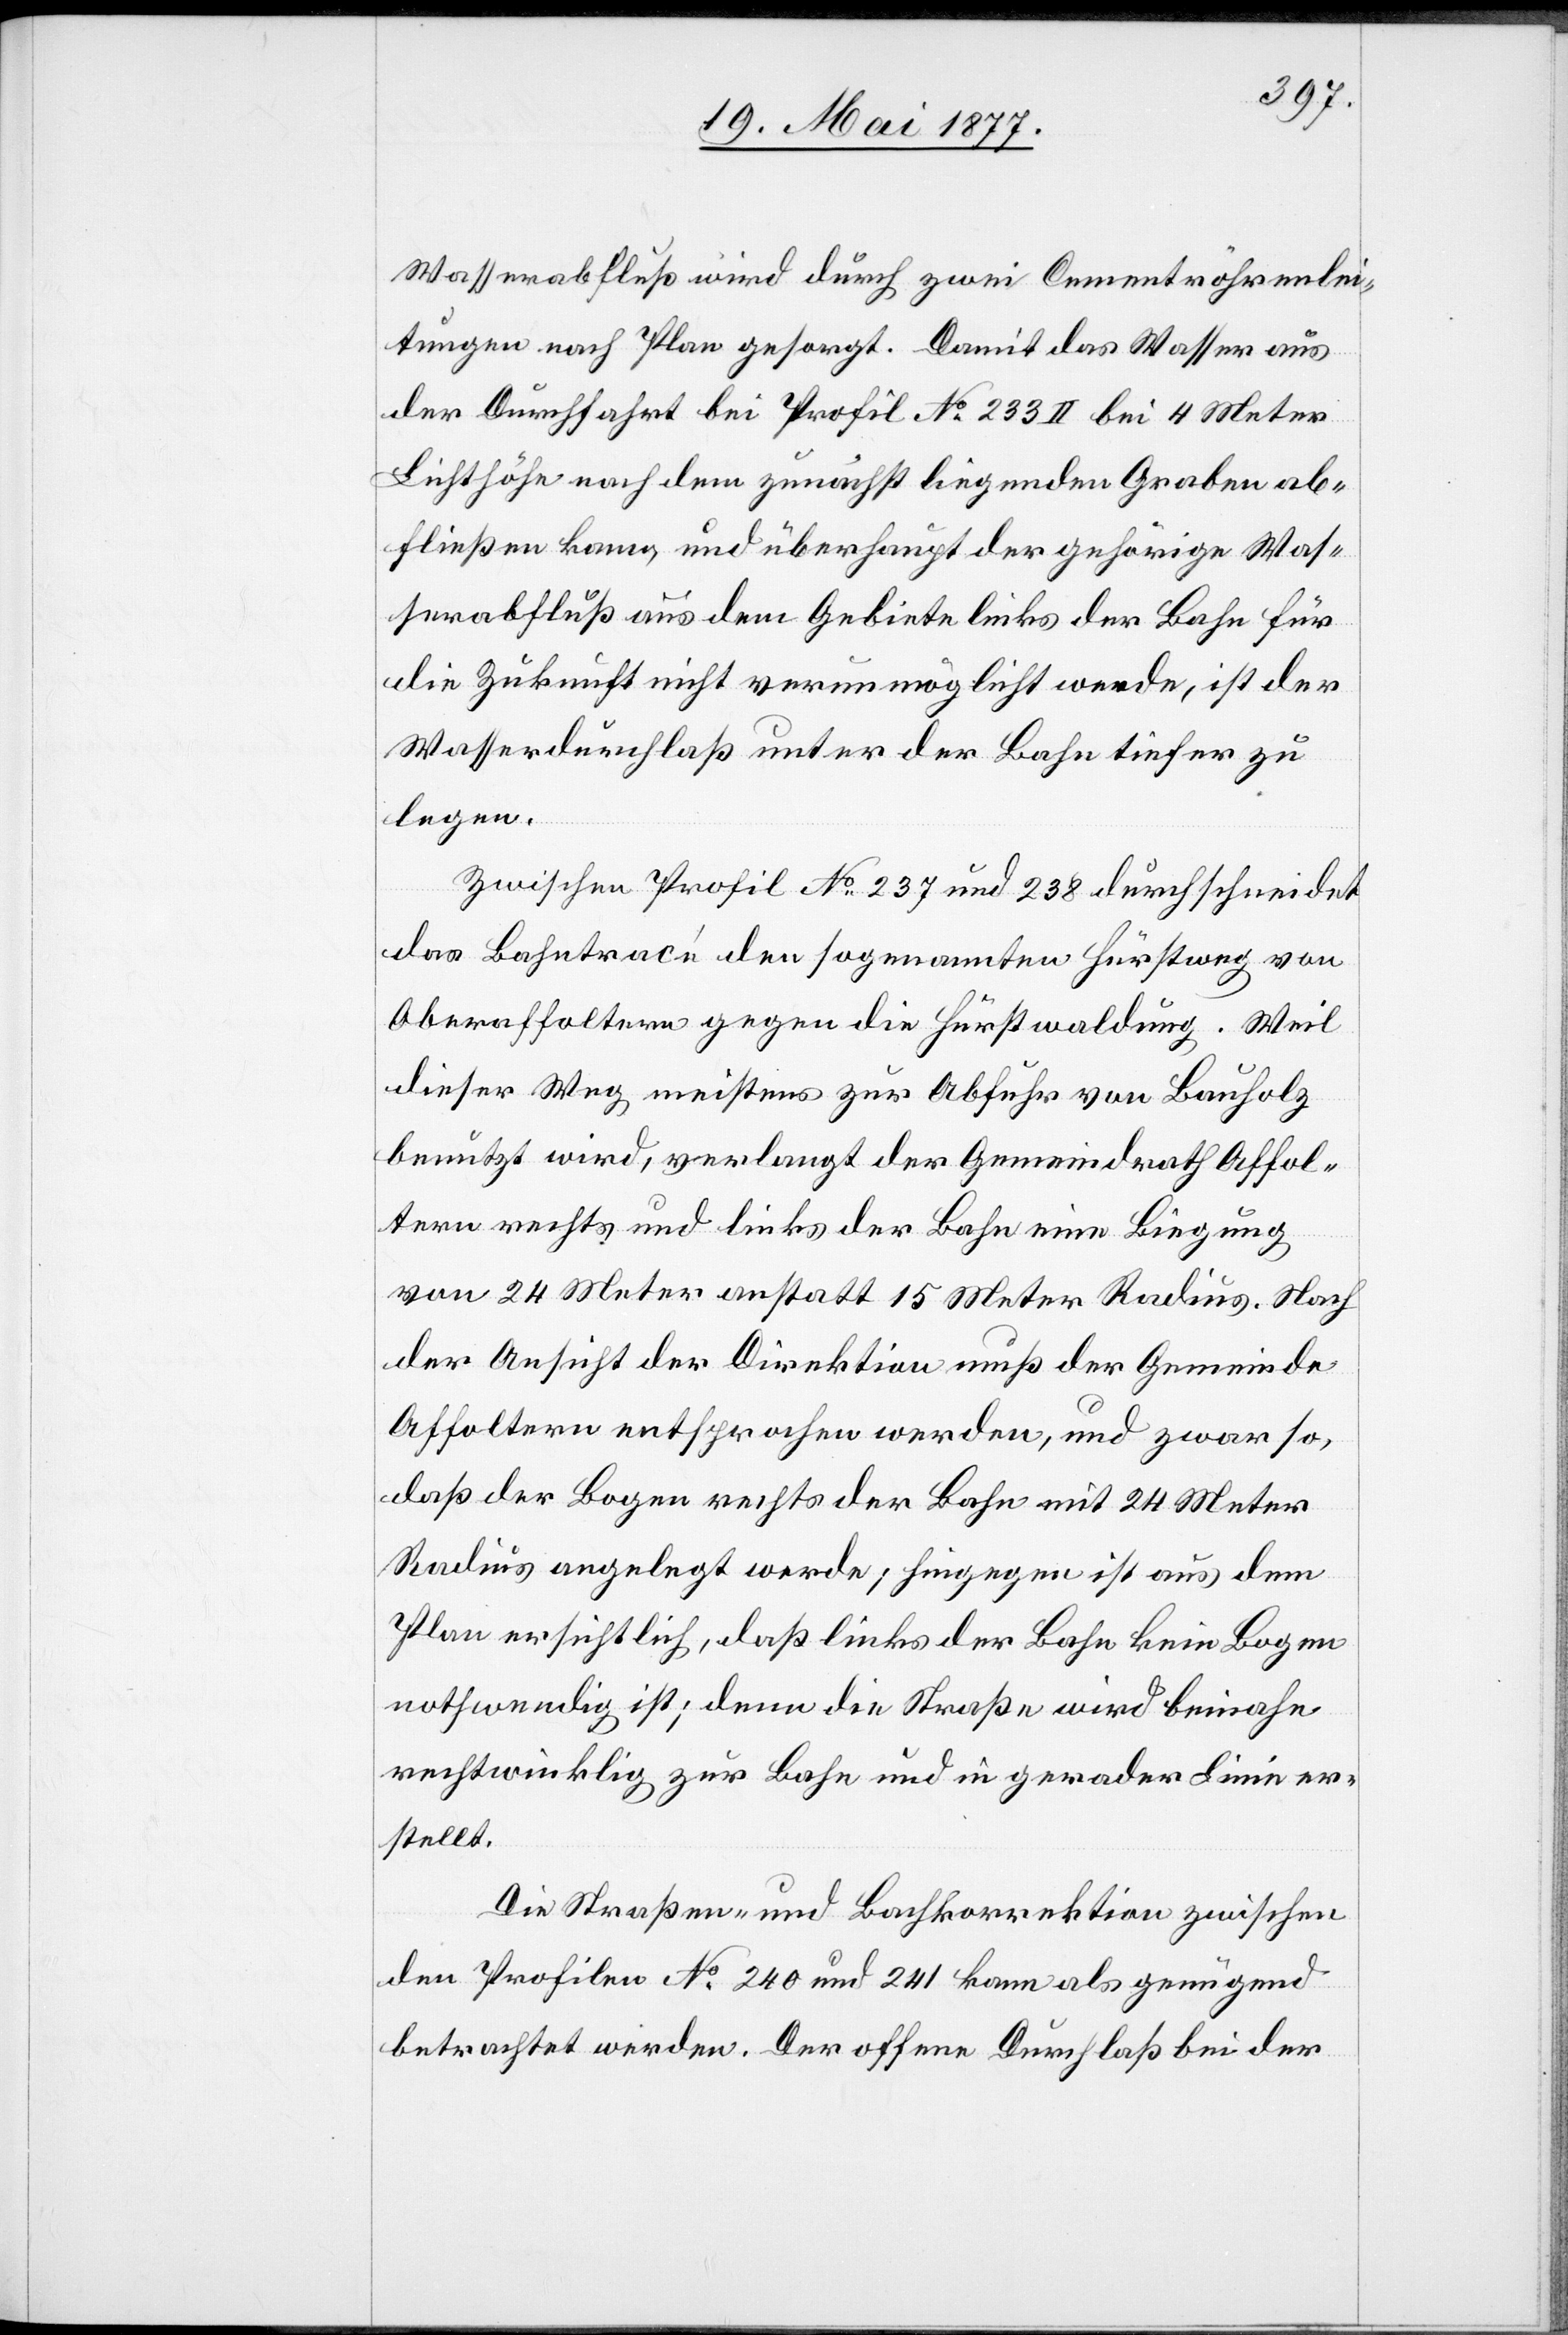
Wasserabfluß wird durch zwei Cementröhrenlei¬
tungen nach Plan gesorgt. Damit das Wasser aus
der Durchfahrt bei Profil No 233 II bei 4 Meter
Lichthöhe nach dem zunächst liegenden Graben ab¬
fließen kann, und überhaupt der gehörige Was¬
serabfluß aus dem Gebiete links der Bahn für
die Zukunft nicht verunmöglicht werde, ist der
Wasserdurchlaß unter der Bahn tiefer zu
legen.
Zwischen Profil No 237 und 238 durchschneidet
das Bahntracé den sogenannten Fürstweg von
Oberaffoltern gegen die Fürstwaldung. Weil
dieser Weg meistens zur Abfuhr von Bauholz
benutzt wird, verlangt der Gemeindrath Affol¬
tern rechts und links der Bahn eine Biegung
von 24 Meter anstatt 15 Meter Radius. Nach
der Ansicht der Direktion muß der Gemeinde
Affoltern entsprochen werden, und zwar so,
daß der Bogen rechts der Bahn mit 24 Meter
Radius angelegt werde; hingegen ist aus dem
Plan ersichtlich, daß links der Bahn kein Bogen
nothwendig ist; denn die Straße wird beinahe
rechtwinklig zur Bahn und in gerader Linie er¬
stellt.
Die Straßen- und Bahnkorrektion zwischen
den Profilen No 240 und 241 kann als genügend
betrachtet werden. Der offene Durchlaß bei der